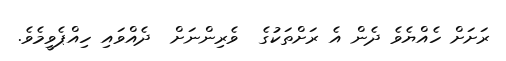
ރަށަށް ހެއްޔެވެ ދެން އެ ރަށްތަކުގެ  ވެރިންނަށް  ދެއްވައި ހިއްޕެވީމެވެ.